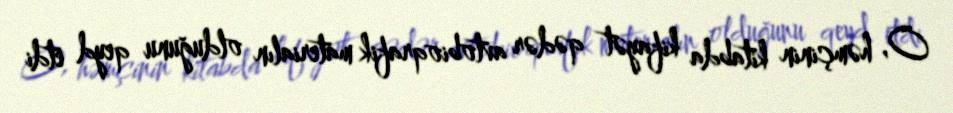
O, həmçinin kitabda kifayət qədər avtobioqrafik materialın olduğunu qeyd etdi